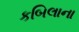
કબિલાના